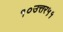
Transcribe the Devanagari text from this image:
१०उत्तर५१